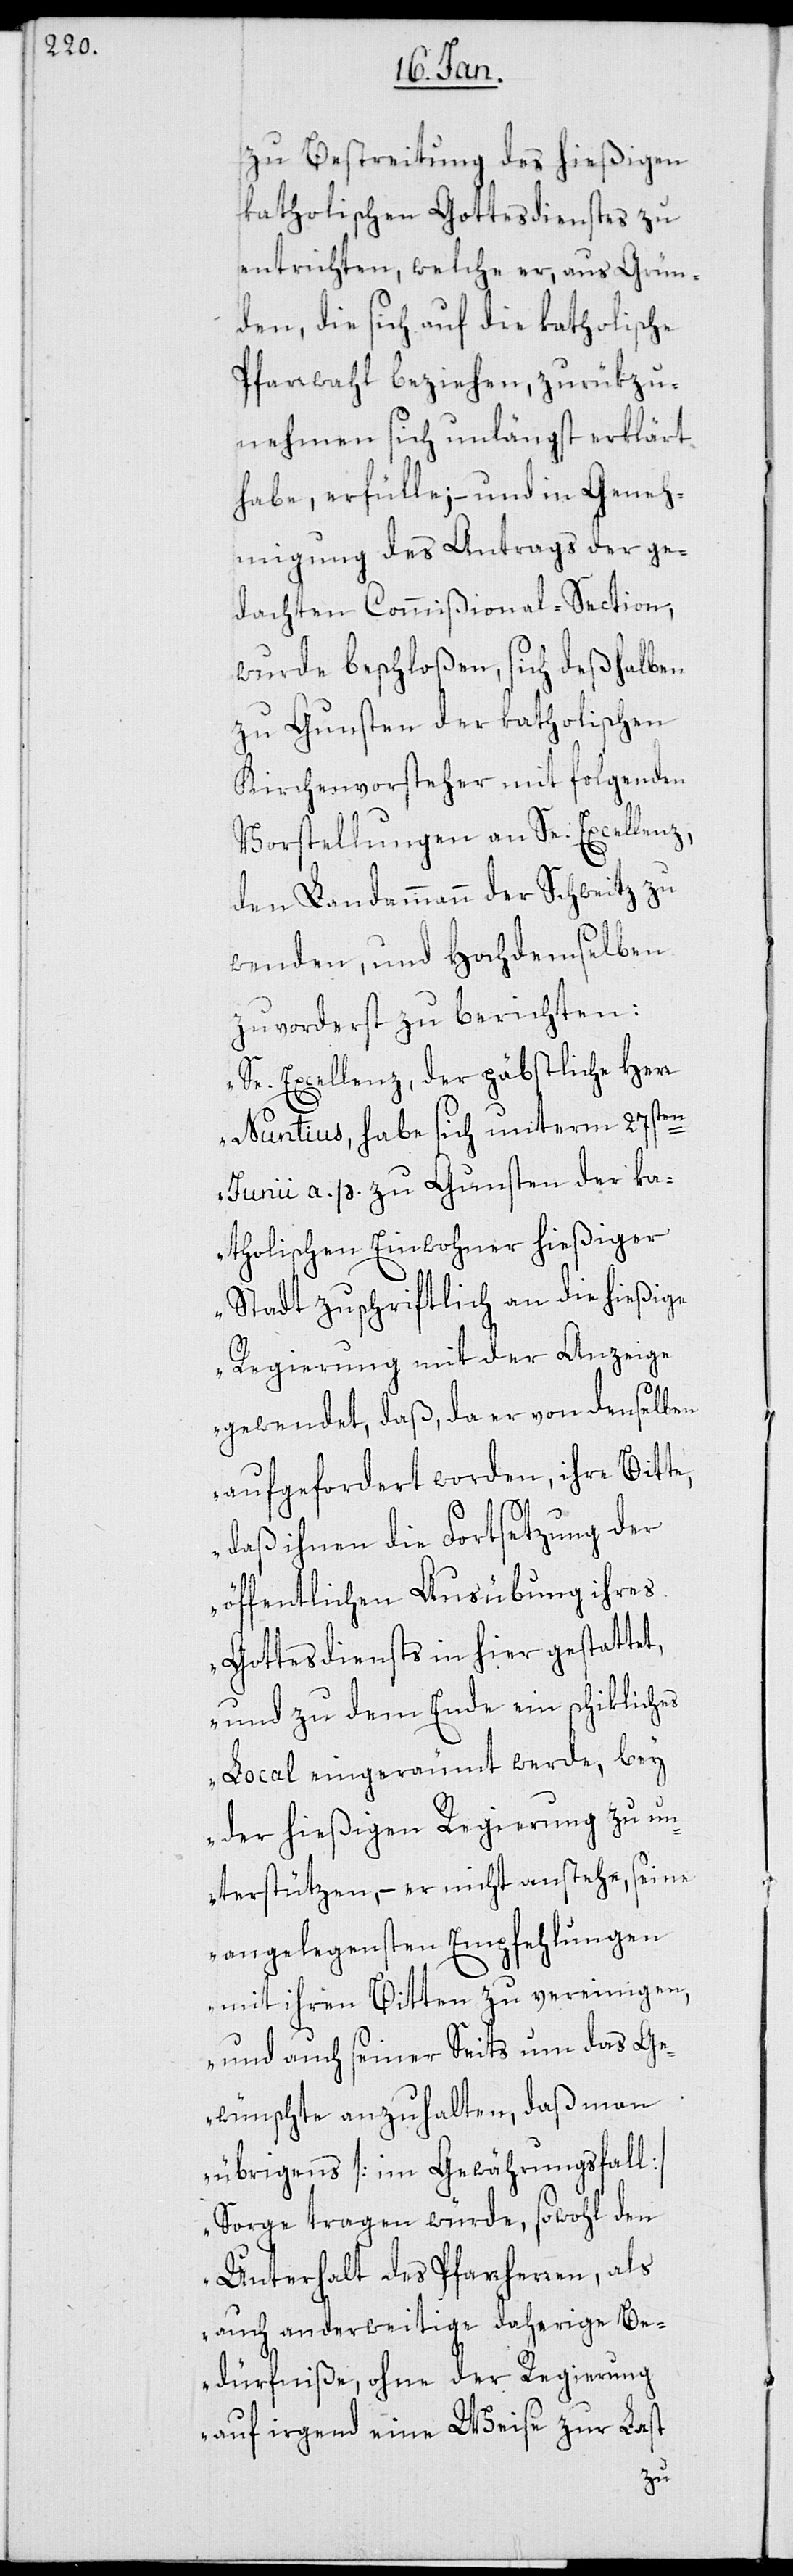
zu Bestreitung des hießigen
katholischen Gottesdienstes zu
entrichten, welche er, aus Grün¬
den, die sich auf die katholische
Pfarrwahl beziehen, zurükzu¬
nehmen sich unlängst erklärt
habe, erfülle; – und in Geneh¬
migung des Antrags der ge¬
dachten Commißional-Section,
wurde beschloßen, sich deßhalben
zu Gunsten der katholischen
Kirchenvorsteher mit folgenden
Vorstellungen an Se. Excellenz,
den Landammann der Schweitz zu
wenden, und Hochdemselben
zuvorderst zu berichten:
„Se Excellenz der päbstliche Herr
Nuntius habe sich unterm 27sten
Junii a. p. zu Gunsten der ka¬
tholischen Einwohner hießiger
Stadt zuschriftlich an die hießige
Regierung mit der Anzeige
gewendet, daß, da er von denselben
aufgefordert worden, ihre Bitte,
daß ihnen die Fortsetzung der
öffentlichen Ausübung ihres
Gottesdiensts in hier gestattet,
und zu dem Ende ein schikliches
Local eingeräumt werde, bey
der hießigen Regierung zu un¬
terstützen, – er nicht anstehe, seine
angelegensten Empfehlungen
mit ihren Bitten zu vereinigen,
und auch seiner Seits um das Ge¬
wünschte anzuhalten, daß man
übrigens [im Gewährungsfall]
Sorge tragen würde, sowohl den
Unterhalt des Pfarrherren, als
auch anderweitige daherige Be¬
dürfniße, ohne der Regierung
auf irgend eine Weise zur Last